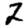
Digit: 2